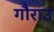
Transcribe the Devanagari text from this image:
गौराउ